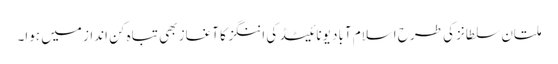
ملتان سلطانز کی طرح اسلام آباد یونائیٹڈ کی اننگز کا آغاز بھی تباہ کن انداز میں ہوا۔